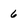
Character: 6